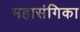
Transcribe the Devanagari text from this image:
महासंगिका